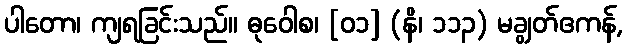
ပါတော၊ ကျရခြင်းသည်။ ဓုဝေါစ၊ [၀၁] (နိ၊ ၁၁၃) မချွတ်ဧကန်,